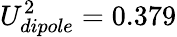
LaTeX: U_{dipole}^{2}=0.379